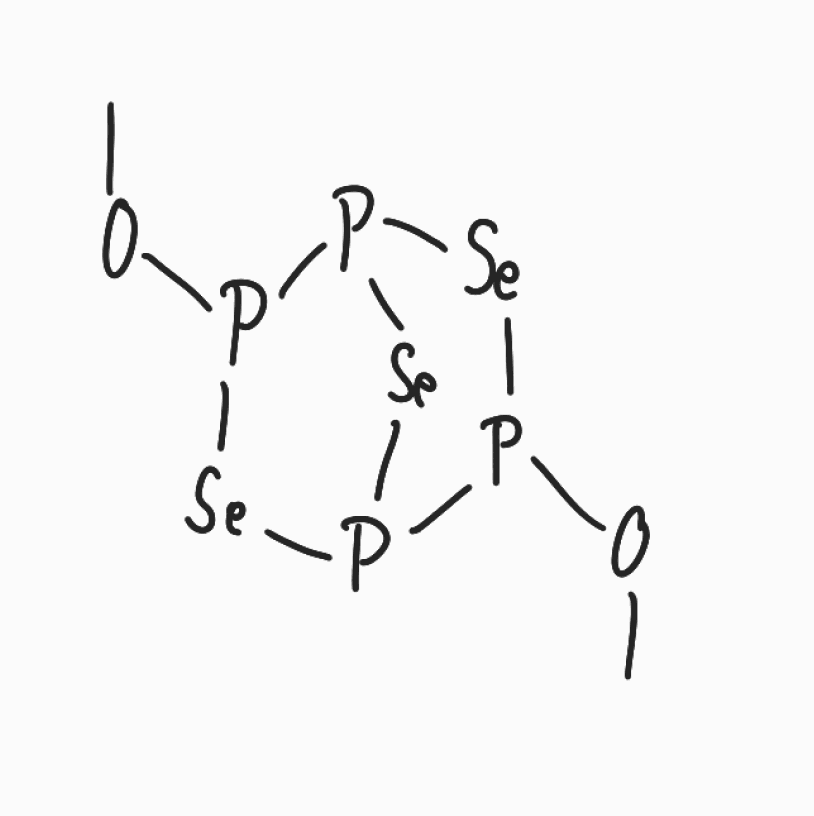
Simplified molecular-input line-entry system (SMILES) notation of the given molecule:
COP1P2[Se]P(P([Se]1)[Se]2)OC